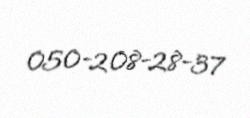
050-208-28-37